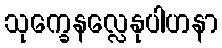
သုက္ခေနလ္လေနုပါဟနာ